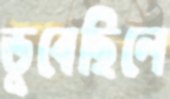
ডুবেছিলে